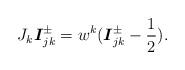
LaTeX: \begin{align*}J_{k}\boldsymbol{I}_{jk}^{\pm }=w^{k}(\boldsymbol{I}_{jk}^{\pm }-\frac{1}{2}).\end{align*}